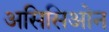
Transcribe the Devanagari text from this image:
असिसिओन